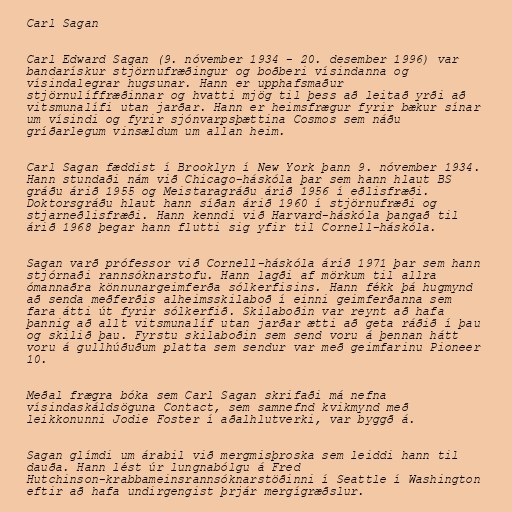
Carl Sagan

Carl Edward Sagan (9. nóvember 1934 - 20. desember 1996) var
bandarískur stjörnufræðingur og boðberi vísindanna og
vísindalegrar hugsunar. Hann er upphafsmaður
stjörnulíffræðinnar og hvatti mjög til þess að leitað yrði að
vitsmunalífi utan jarðar. Hann er heimsfrægur fyrir bækur sínar
um vísindi og fyrir sjónvarpsþættina Cosmos sem náðu
gríðarlegum vinsældum um allan heim.

Carl Sagan fæddist í Brooklyn í New York þann 9. nóvember 1934.
Hann stundaði nám við Chicago-háskóla þar sem hann hlaut BS
gráðu árið 1955 og Meistaragráðu árið 1956 í eðlisfræði.
Doktorsgráðu hlaut hann síðan árið 1960 í stjörnufræði og
stjarneðlisfræði. Hann kenndi við Harvard-háskóla þangað til
árið 1968 þegar hann flutti sig yfir til Cornell-háskóla.

Sagan varð prófessor við Cornell-háskóla árið 1971 þar sem hann
stjórnaði rannsóknarstofu. Hann lagði af mörkum til allra
ómannaðra könnunargeimferða sólkerfisins. Hann fékk þá hugmynd
að senda meðferðis alheimsskilaboð í einni geimferðanna sem
fara átti út fyrir sólkerfið. Skilaboðin var reynt að hafa
þannig að allt vitsmunalíf utan jarðar ætti að geta ráðið í þau
og skilið þau. Fyrstu skilaboðin sem send voru á þennan hátt
voru á gullhúðuðum platta sem sendur var með geimfarinu Pioneer
10.

Meðal frægra bóka sem Carl Sagan skrifaði má nefna
vísindaskáldsöguna Contact, sem samnefnd kvikmynd með
leikkonunni Jodie Foster í aðalhlutverki, var byggð á.

Sagan glímdi um árabil við mergmisþroska sem leiddi hann til
dauða. Hann lést úr lungnabólgu á Fred
Hutchinson-krabbameinsrannsóknarstöðinni í Seattle í Washington
eftir að hafa undirgengist þrjár mergígræðslur.